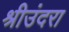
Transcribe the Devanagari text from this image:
श्रीउंदरा